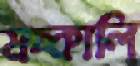
মচ্‌কালি